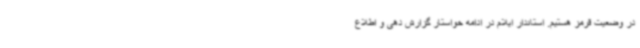
در وضعیت قرمز هستیم. استاندار ایلام در ادامه خواستار گزارش دهی و اطلاع